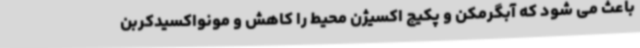
باعث می شود که آبگرمکن و پکیج اکسیژن محیط را کاهش و مونواکسیدکربن